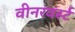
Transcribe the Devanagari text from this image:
वीनरवर्स्ट